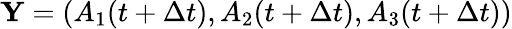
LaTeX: \mathbf{Y}=(A_{1}(t+\Delta t),A_{2}(t+\Delta t),A_{3}(t+\Delta t))